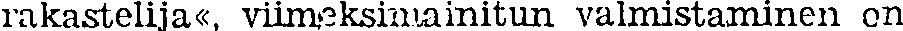
rakastelija«, viimeksiainitun valmistaminen on